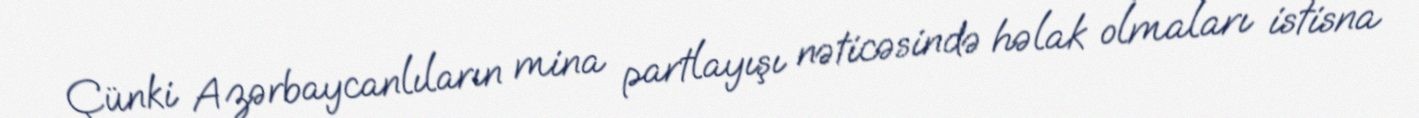
Çünki Azərbaycanlıların mina partlayışı nəticəsində həlak olmaları istisna